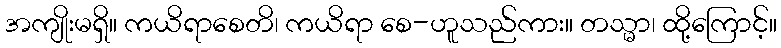
အကျိုးမရှိ။ ကယိရာစေတိ၊ ကယိရာ စေ-ဟူသည်ကား။ တသ္မာ၊ ထို့ကြောင့်။